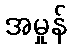
အမှုန်